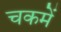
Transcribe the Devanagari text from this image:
चकमें